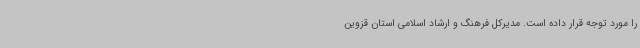
را مورد توجه قرار داده است. مدیرکل فرهنگ و ارشاد اسلامی استان قزوین